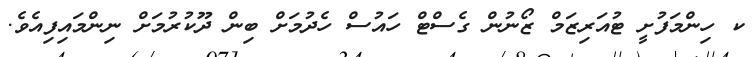
ކ ހިންމަފުށީ ޓުއަރިޒަމް ޒޯނުން ގެސްޓް ހައުސް ހެދުމަށް ބިން ދޫކުރުމަށް ނިންމައިފިއެވެ.